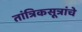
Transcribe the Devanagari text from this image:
तांत्रिकसूत्रांचे